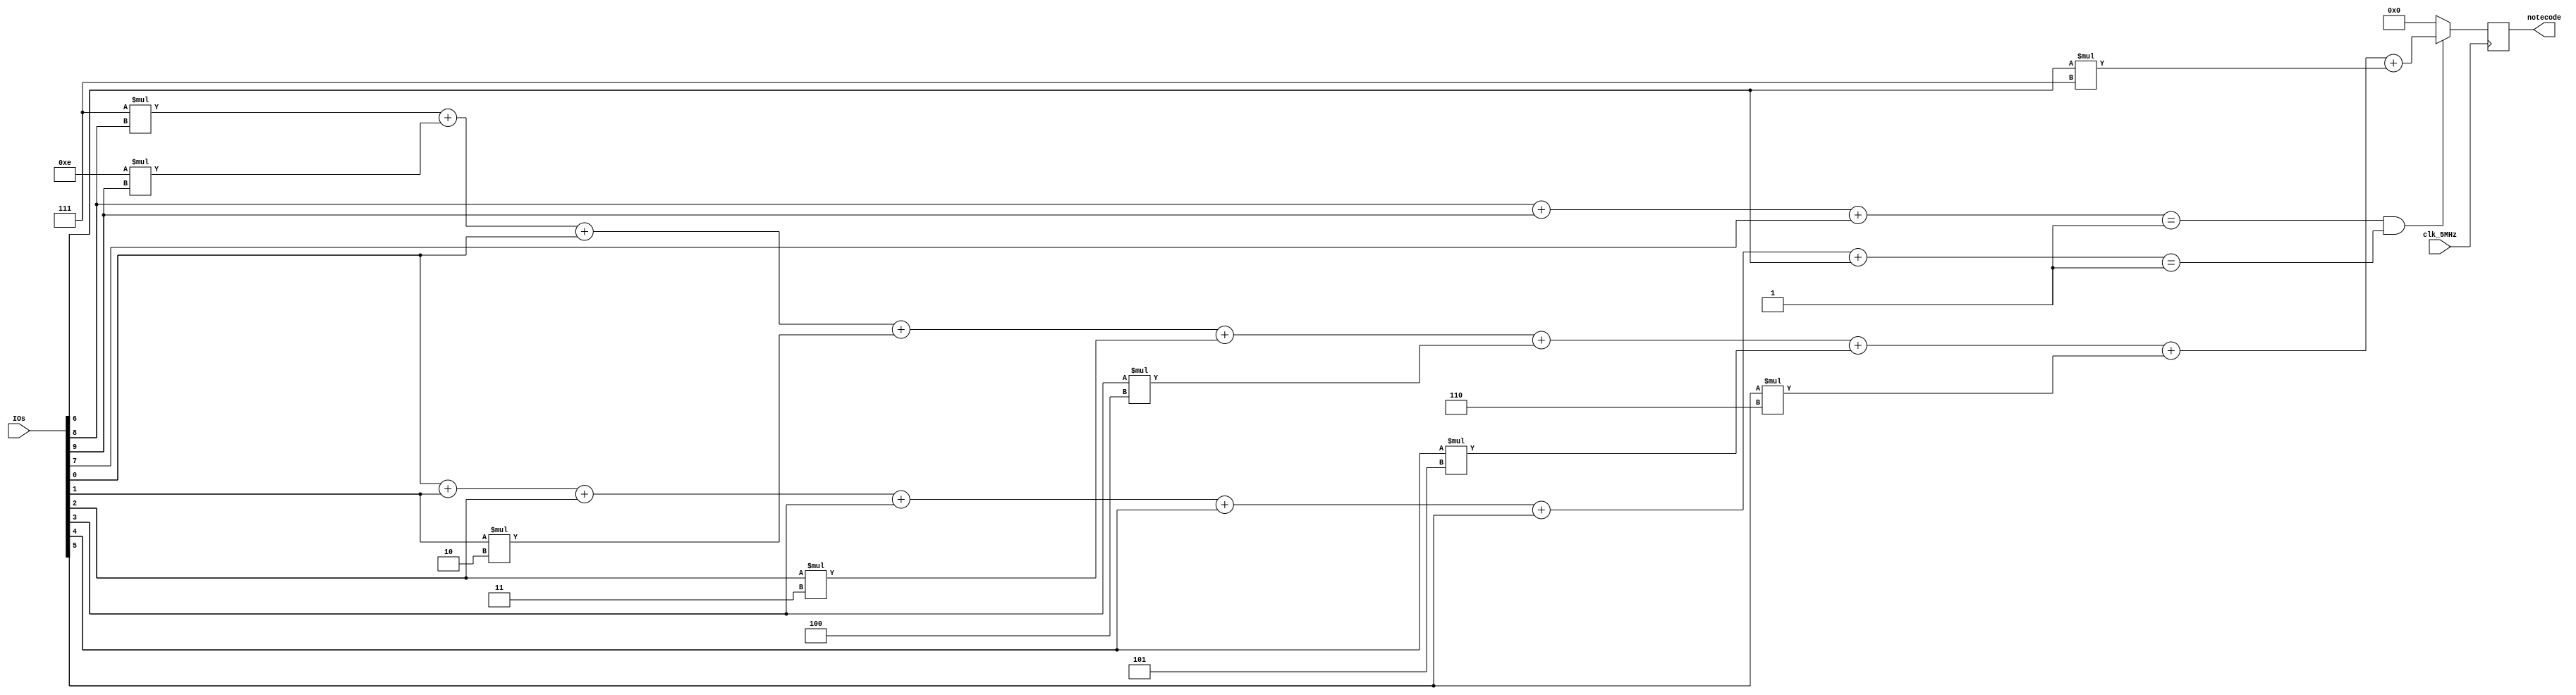
`timescale 1ns / 1ps
//////////////////////////////////////////////////////////////////////////////////
// Company: 
// Engineer: 
// 
// Design Name: 
// Module Name: key_encoder
// Project Name: 
// Target Devices: 
// Tool Versions: 
// Description: 
// 
// Dependencies: 
// 
// Revision:
// Revision 0.01 - File Created
// Additional Comments:
// 
//////////////////////////////////////////////////////////////////////////////////


module key_encoder(clk_5MHz, IOs, notecode);

input  clk_5MHz;
input  wire [9:0] IOs;
output reg [4:0] notecode;


	
/*****************************************************************************/
always @ (posedge clk_5MHz)
begin
    if (IOs[8]+IOs[9]+IOs[7] == 1 && IOs[0] + IOs[1] + IOs[2] + IOs[3] + IOs[4] + IOs[5] + IOs[6] == 1)
        notecode = 7*IOs[8]+14*IOs[9] + IOs[0] + IOs[1]*2 + IOs[2]*3 + IOs[3]*4 + IOs[4]*5 + IOs[5]*6 + IOs[6]*7;
    else
        notecode = 0;
    
end

endmodule